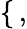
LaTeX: \left\{ \begin{array}{rl}\end{array}\right.\, ,